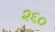
૨૬૦